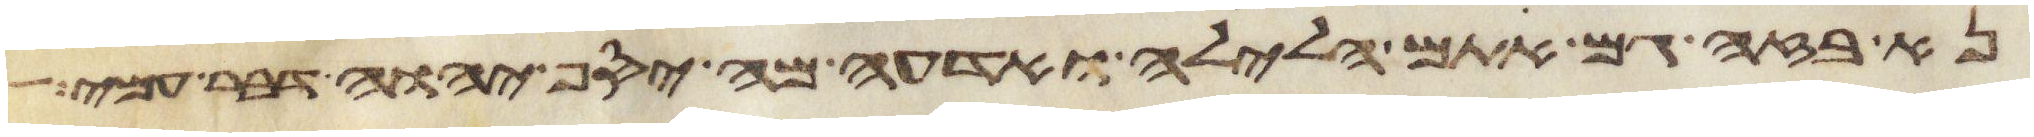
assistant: נא בזה גם אתם הלילה ואדעה מה יסף יהוה דבר עמי